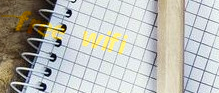
free wifi